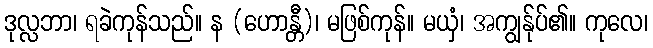
ဒုလ္လဘာ၊ ရခဲကုန်သည်။ န (ဟောန္တီ)၊ မဖြစ်ကုန်။ မယှံ၊ အကျွန်ုပ်၏။ ကုလေ၊